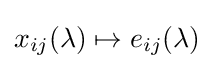
{x_{ij}}(\lambda )\mapsto {e_{ij}}(\lambda )